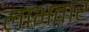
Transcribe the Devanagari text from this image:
लाभवार